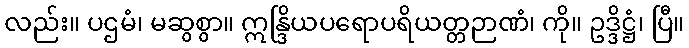
လည်း။ ပဌမံ၊ မဆွစွာ။ ဣန္ဒြိယပရောပရိယတ္တဉာဏံ၊ ကို။ ဥဒ္ဒိဋ္ဌံ၊ ပြီ။